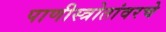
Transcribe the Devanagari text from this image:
पाणीस्त्रोतांवरचे